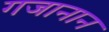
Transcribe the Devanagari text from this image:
गजानान